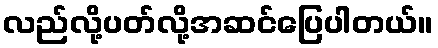
လည်လို့ပတ်လို့အဆင်ပြေပါတယ်။